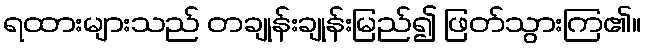
ရထားများသည် တချုန်းချုန်းမြည်၍ ဖြတ်သွားကြ၏။